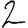
Digit: 2